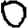
Digit: 0